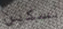
بسكين